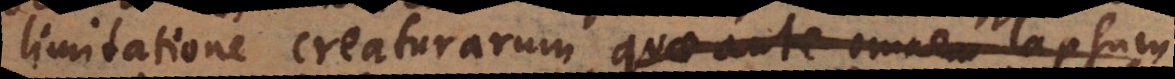
limitatione creaturarum, quae ante omnem lapsum